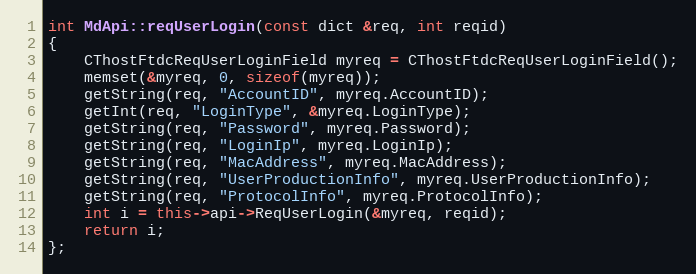
Language: C++
int MdApi::reqUserLogin(const dict &req, int reqid)
{
	CThostFtdcReqUserLoginField myreq = CThostFtdcReqUserLoginField();
	memset(&myreq, 0, sizeof(myreq));
	getString(req, "AccountID", myreq.AccountID);
	getInt(req, "LoginType", &myreq.LoginType);
	getString(req, "Password", myreq.Password);
	getString(req, "LoginIp", myreq.LoginIp);
	getString(req, "MacAddress", myreq.MacAddress);
	getString(req, "UserProductionInfo", myreq.UserProductionInfo);
	getString(req, "ProtocolInfo", myreq.ProtocolInfo);
	int i = this->api->ReqUserLogin(&myreq, reqid);
	return i;
};